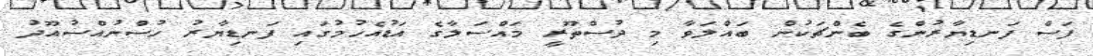
ފަސް ފަނޑިޔާރުންގެ ބެންޗަކުން ބައްލަވާ މި ދުސްތޫރީ މައްސަލާގެ އަޑުއެހުމުގައި ފަނޑިޔާރު ހުސްނުއްސުއޫދު